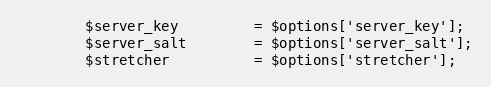
Language: PHP
		$server_key			= $options['server_key'];
		$server_salt		= $options['server_salt'];
		$stretcher			= $options['stretcher'];